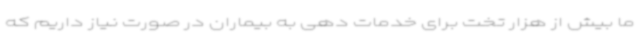
ما بیش از هزار تخت برای خدمات دهی به بیماران در صورت نیاز داریم که